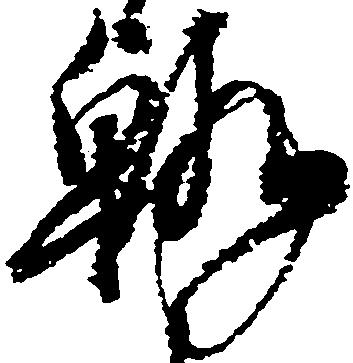
翰